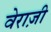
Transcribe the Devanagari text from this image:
वेराज़ी